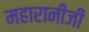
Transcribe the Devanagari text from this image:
महारानीजी